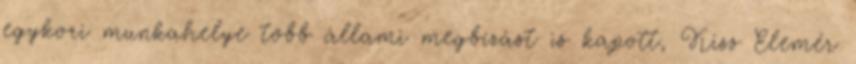
egykori munkahelye több állami megbízást is kapott, Kiss Elemér